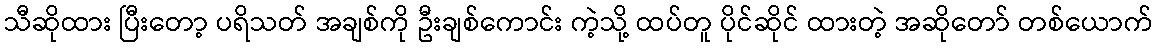
သီဆိုထား ပြီးတော့ ပရိသတ် အချစ်ကို ဦးချစ်ကောင်း ကဲ့သို့ ထပ်တူ ပိုင်ဆိုင် ထားတဲ့ အဆိုတော် တစ်ယောက်